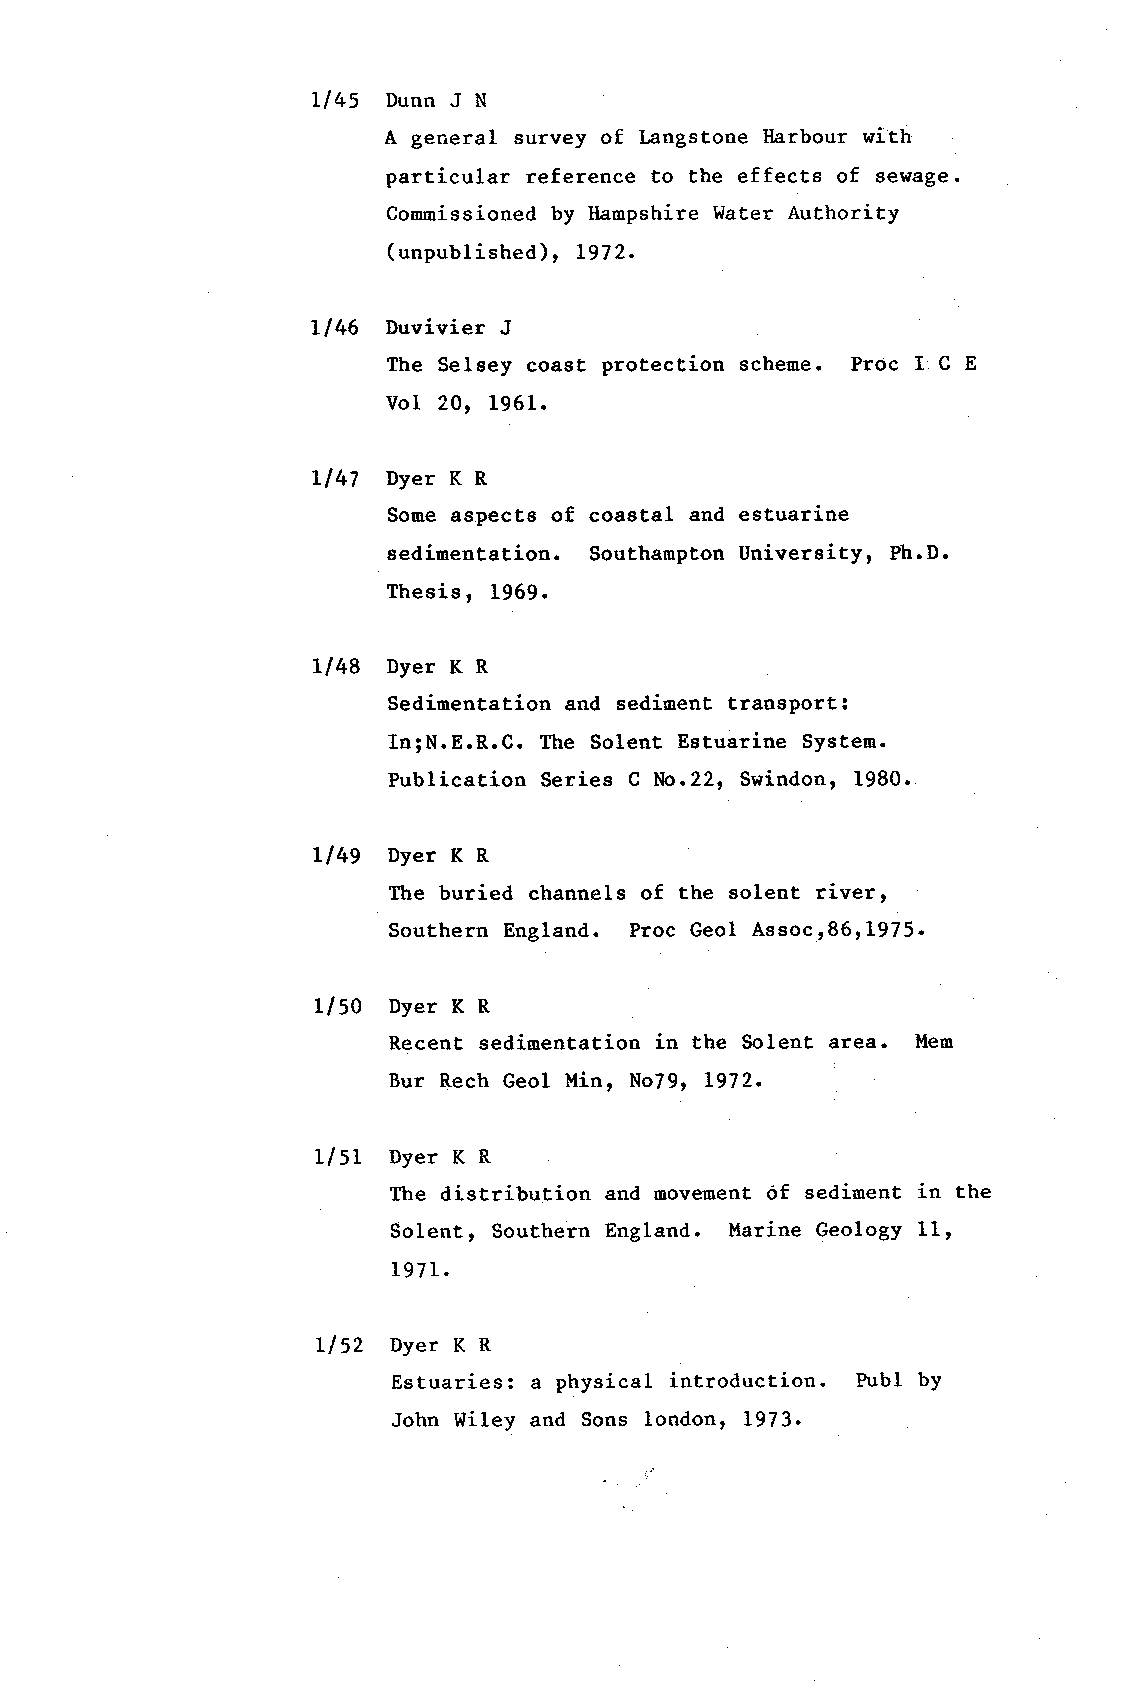
Ll45 Dunn J N
 A general survey of Langstone Harbour with
 particular reference to the effects of sewage.
 Cornmissionedb y Hanpshire Water Authority
 (unpublished), t972.
 1146 Duvivier J
 The Selsey coast protection scheme. Proc I C E
 Vol 20r 1961.
 Ll47 Dyer K R
 Some aspects of coastal and estuarine
 sedimentation. Southanpton University, Ph.D.
 Thesis, 1969.
 ll48 Dyer K R
 Sedimentation and sediment transport:
 In;N.E.R.C. The Solent Estuarine System.
 Publication Series C No.22r Swindon, 1980.
 Ll49 Dyer K R
 The buried channels of the solent river,
 Southern England. Proc Geol Assoc 186rL975.
 1/SO Dyer K R
 Recent sedimentation in the Solent area. llem
 Bur Rech Geol !lin, No79r Lg72.
 LlSt Dyer K R
 The distribution and moveuent of sedioent in the
 Solent, Southern England. l'[arine Geology 11t
 L97L.
 llSZ Dyer K R
 Estuaries: a physical introduction. Publ by
 John Wiley and Sons londonr L973.